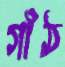
গাঁঠ